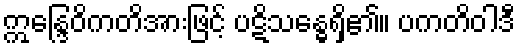
ဣန္ဒြေဝိကတိအားဖြင့် ပဋိသန္ဓေရှိ၏။ ပကတိဝါဒီ